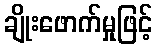
ချိုးဖောက်မှုဖြင့်